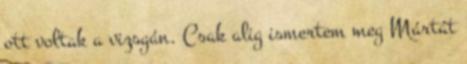
ott voltak a vizsgán. Csak alig ismertem meg Mártát